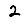
Digit: 2